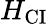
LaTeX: H_{\mathrm{{CI}}}